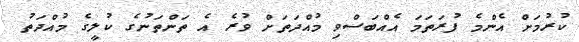
ކުރުމަށް އެންމެ ފުރަތަމަ އެއްބަސްވި މުއްދަތަށް ވުރެ އެ ތަންތަނުގެ ކުލީގެ މުއްދަތު